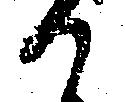
か